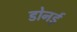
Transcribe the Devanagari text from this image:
डोनर्ड़